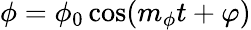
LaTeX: \phi=\phi_{0}\cos(m_{\phi}t+\varphi)